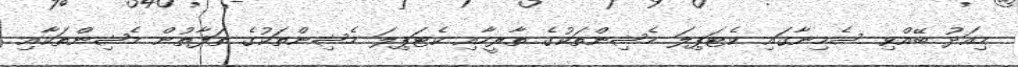
މިއަދު ބޭއްވި ސެމިނާގައި ކެޓަޕިލަ މެޝިންތަކުގެ ތާރީހާއި ކެޓަޕިލަ މެޝިންތަކުގެ ތަފާތުން މެޝިންތަކާއި